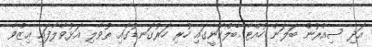
އަދި ސިއްރުން ބަލަން ހުއްޓާ ބެލްކަނީގައި ހުރި ހަރުގަނޑުގައި ތުވާލި އަޅުވާލާފައި ޢިޒްވާ